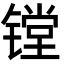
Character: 镗